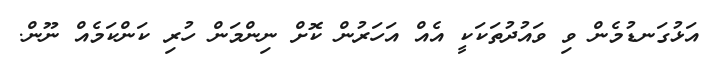
އަޅުގަނޑުމެން ވި ވައުދުތަކަކީ އެއް އަހަރުން ކޮށް ނިންމަން ހުރި ކަންކަމެއް ނޫން.